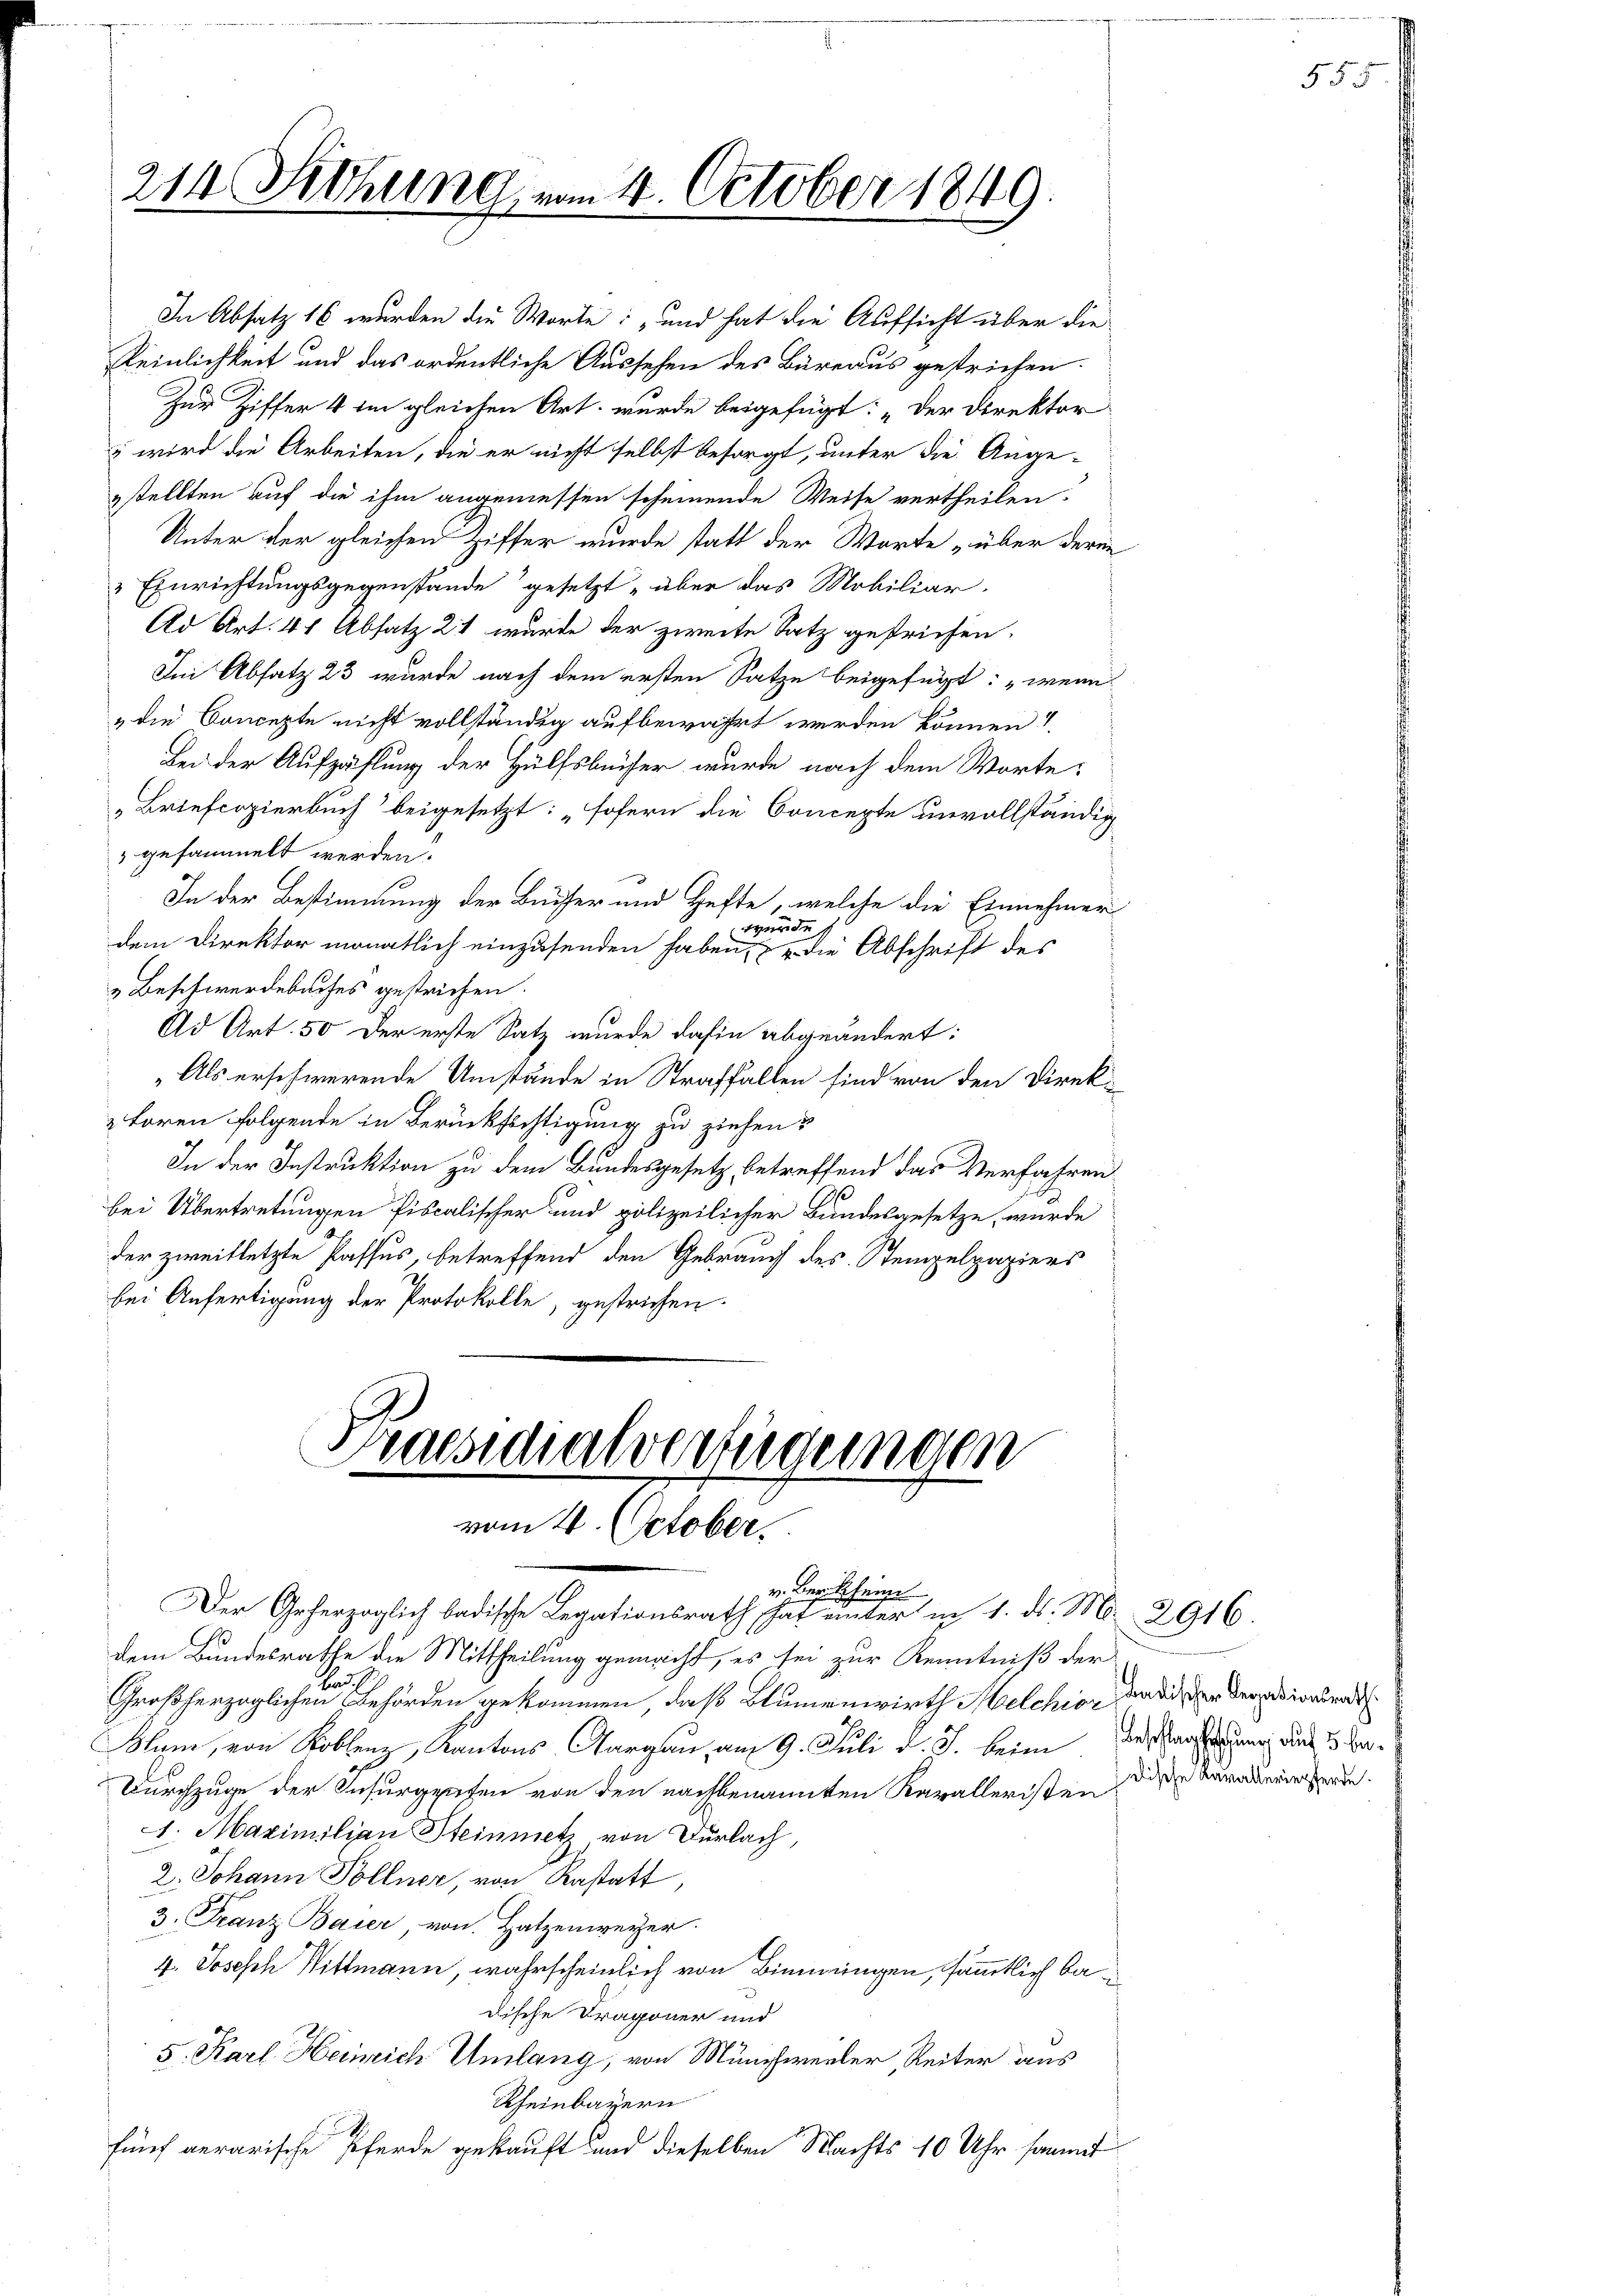
In Absatz 16 wurden die Worte: „und hat die Aufsicht über die
Reinlichkeit und das ordentliche Aussehen des Büreaus gestrichen.
Zur Ziffer 4 im gleichen Art wurde beigefügt: „Der Direktor
“ wird die Arbeiten, die er nicht selbst besorgt, unter die Ange-
stellten auf die ihm angemessen scheinende Weise vertheilen.
Unter der gleichen Ziffer wurde statt der Worte „über deren
" Einrichtungsgegenstände gesetzt „über das Mobiliar-
Ad Art. 41 Absatz 21 wurde der zweite Satz gestrichen.
Im Absatz 23 wurde nach dem ersten Satze beigefügt: „wenn
" die Concepte nicht vollständig aufbewahrt werden können?
Bei der Aufzählung der Hülfsbücher wurde nach dem Worte:
"Briefcopierbuch beigesetzt: „sofern die Concepte unvollständig
gesammelt werden.
In der Bestimmung der Bücher und Hefte, welche die Einnehmer
Werde
dem Direktor monatlich einzusenden haben, & die Abschrift des
& Beschwerdebaches gestrichen.
Ad Art. 50 der erste Satz wurde dahin abgeändert:
„Als erschwerende Umstände in Straffallen sind von den Direk¬
 Loren folgende in Berücksichtigung zu ziehen?
In der Instruktion zu dem Bundesgesetz betreffend das Verfahren
bei Übertretungen fiscalischer und polizeilicher Bundesgesetze, wurde
der zweifletzte Passus, betreffend den Gebrauch des Stempelpapiers
bei Anfertigung der Protokolle, gestrichen.

214. Siehung vom 4. October 1849.

Praesidialverfügungen
x
vom 4. October.

Der Geherzoglich badische Legationsrath hat unter in 1. ds. M. 2916.
dem Bundesrathe die Mittheilung gemacht, es sei zur Kenntniß der
e
Großherzoglichen Behörden gekommen, daß Blumenwirth Melchior, da dieser Begnadigun
Blyn, von Koblenz, Kantons Aargau, am 9. Juli d. J. beim der auf die 3 Ba¬
Durchzuge der Insurgenten von den nachbenannten Karalleristen die darauseinsterde.
1. Maximilian Steinmetz von Dürlach
2. Johann Pöllner, von Restatt,
3. Franz Baier von Hatzenweger.
4. Joseph Wittmann, wahrscheinlich von Binnungen, sämmtlich badische Dragoner und
5. Karl Heinrich Umlang, von Münchweiler, Reiter aus
Rheinbayern
fünf verarische Pferde gekauft und dieselben Nachts 10 Uhr sammt

v. Berichein

555